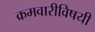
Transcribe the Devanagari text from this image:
क्रमवारीविषयी